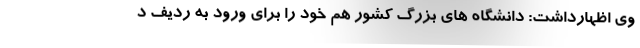
وی اظهارداشت: دانشگاه های بزرگ کشور هم خود را برای ورود به ردیف د